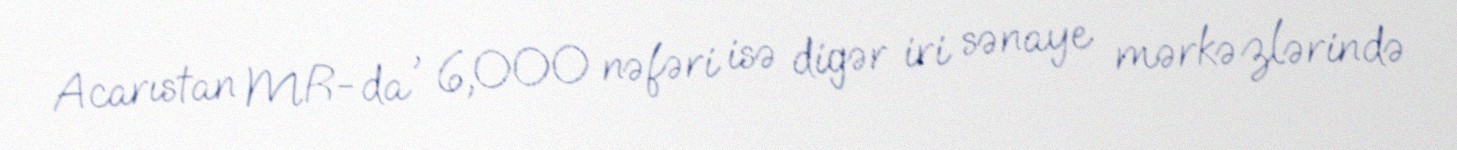
Acarıstan MR-da , 6,000 nəfəri isə digər iri sənaye mərkəzlərində